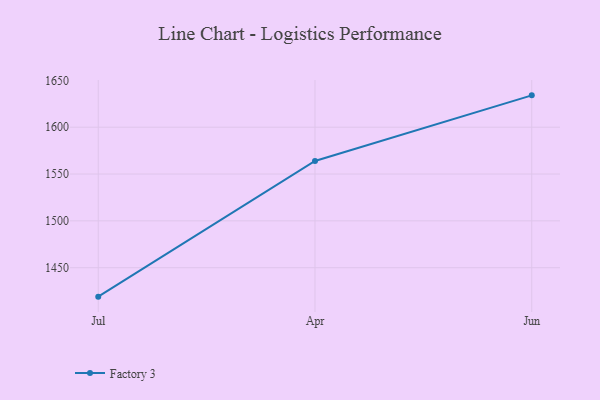
{"axis": {"x": "Month", "y": "Demand Index"}, "legend": ["Factory 3"], "data": [{"x": "Jul", "y": 1419.1, "type": "Factory 3"}, {"x": "Apr", "y": 1564.0, "type": "Factory 3"}, {"x": "Jun", "y": 1634.0, "type": "Factory 3"}]}